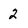
Character: 2